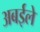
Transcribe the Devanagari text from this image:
अबईले